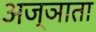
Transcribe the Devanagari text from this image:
अज्ञाता